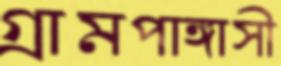
গ্রামপাঙ্গাসী